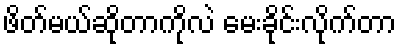
ဖိတ်မယ်ဆိုတာကိုလဲ မေးခိုင်းလိုက်တာ